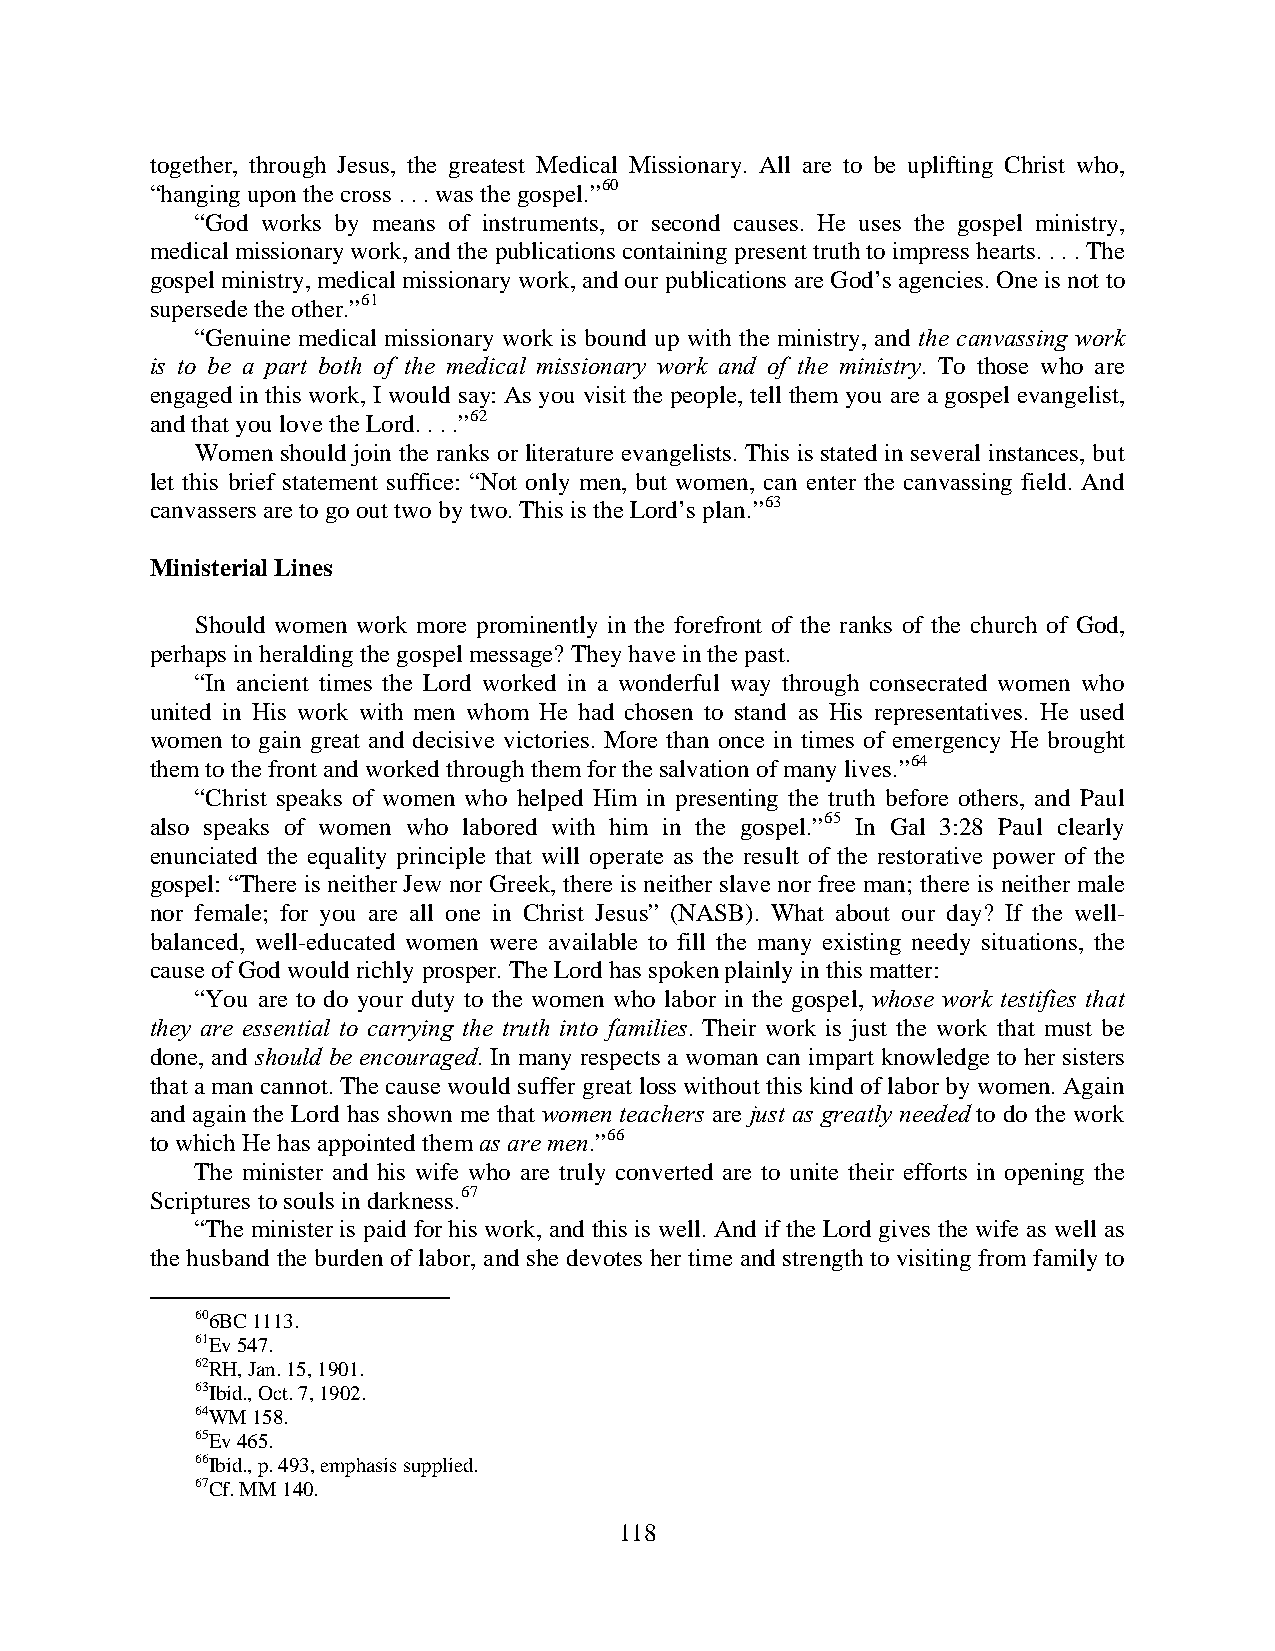
together, through Jesus, the greatest Medical Missionary. All are to be uplifting Christ who,
 “hanging upon the cross . . . was the gospel.”60
 “God works by means of instruments, or second causes. He uses the gospel ministry,
 medical missionary work, and the publications containing present truth to impress hearts. . . . The
 gospel ministry, medical missionary work, and our publications are God’s agencies. One is not to
 supersede the other.”61
 “Genuine medical missionary work is bound up with the ministry, and the canvassing work
 is to be a part both of the medical missionary work and of the ministry. To those who are
 engaged in this work, I would say: As you visit the people, tell them you are a gospel evangelist,
 and that you love the Lord. . . .”62
 Women should join the ranks or literature evangelists. This is stated in several instances, but
 let this brief statement suffice: “Not only men, but women, can enter the canvassing field. And
 canvassers are to go out two by two. This is the Lord’s plan.”63
 Ministerial Lines
 Should women work more prominently in the forefront of the ranks of the church of God,
 perhaps in heralding the gospel message? They have in the past.
 “In ancient times the Lord worked in a wonderful way through consecrated women who
 united in His work with men whom He had chosen to stand as His representatives. He used
 women to gain great and decisive victories. More than once in times of emergency He brought
 them to the front and worked through them for the salvation of many lives.”64
 “Christ speaks of women who helped Him in presenting the truth before others, and Paul
 also speaks of women who labored with him in the gospel.”65 In Gal 3:28 Paul clearly
 enunciated the equality principle that will operate as the result of the restorative power of the
 gospel: “There is neither Jew nor Greek, there is neither slave nor free man; there is neither male
 nor female; for you are all one in Christ Jesus” (NASB). What about our day? If the well-
 balanced, well-educated women were available to fill the many existing needy situations, the
 cause of God would richly prosper. The Lord has spoken plainly in this matter:
 “You are to do your duty to the women who labor in the gospel, whose work testifies that
 they are essential to carrying the truth into families. Their work is just the work that must be
 done, and should be encouraged. In many respects a woman can impart knowledge to her sisters
 that a man cannot. The cause would suffer great loss without this kind of labor by women. Again
 and again the Lord has shown me that women teachers are just as greatly needed to do the work
 to which He has appointed them as are men.”66
 The minister and his wife who are truly converted are to unite their efforts in opening the
 Scriptures to souls in darkness.67
 “The minister is paid for his work, and this is well. And if the Lord gives the wife as well as
 the husband the burden of labor, and she devotes her time and strength to visiting from family to
 606BC 1113.
 61Ev 547.
 62RH, Jan. 15, 1901.
 63Ibid., Oct. 7, 1902.
 64WM 158.
 65Ev 465.
 66Ibid., p. 493, emphasis supplied.
 67Cf. MM 140.
 118